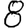
Digit: 8